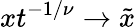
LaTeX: xt^{-1/\nu}\to\tilde{x}